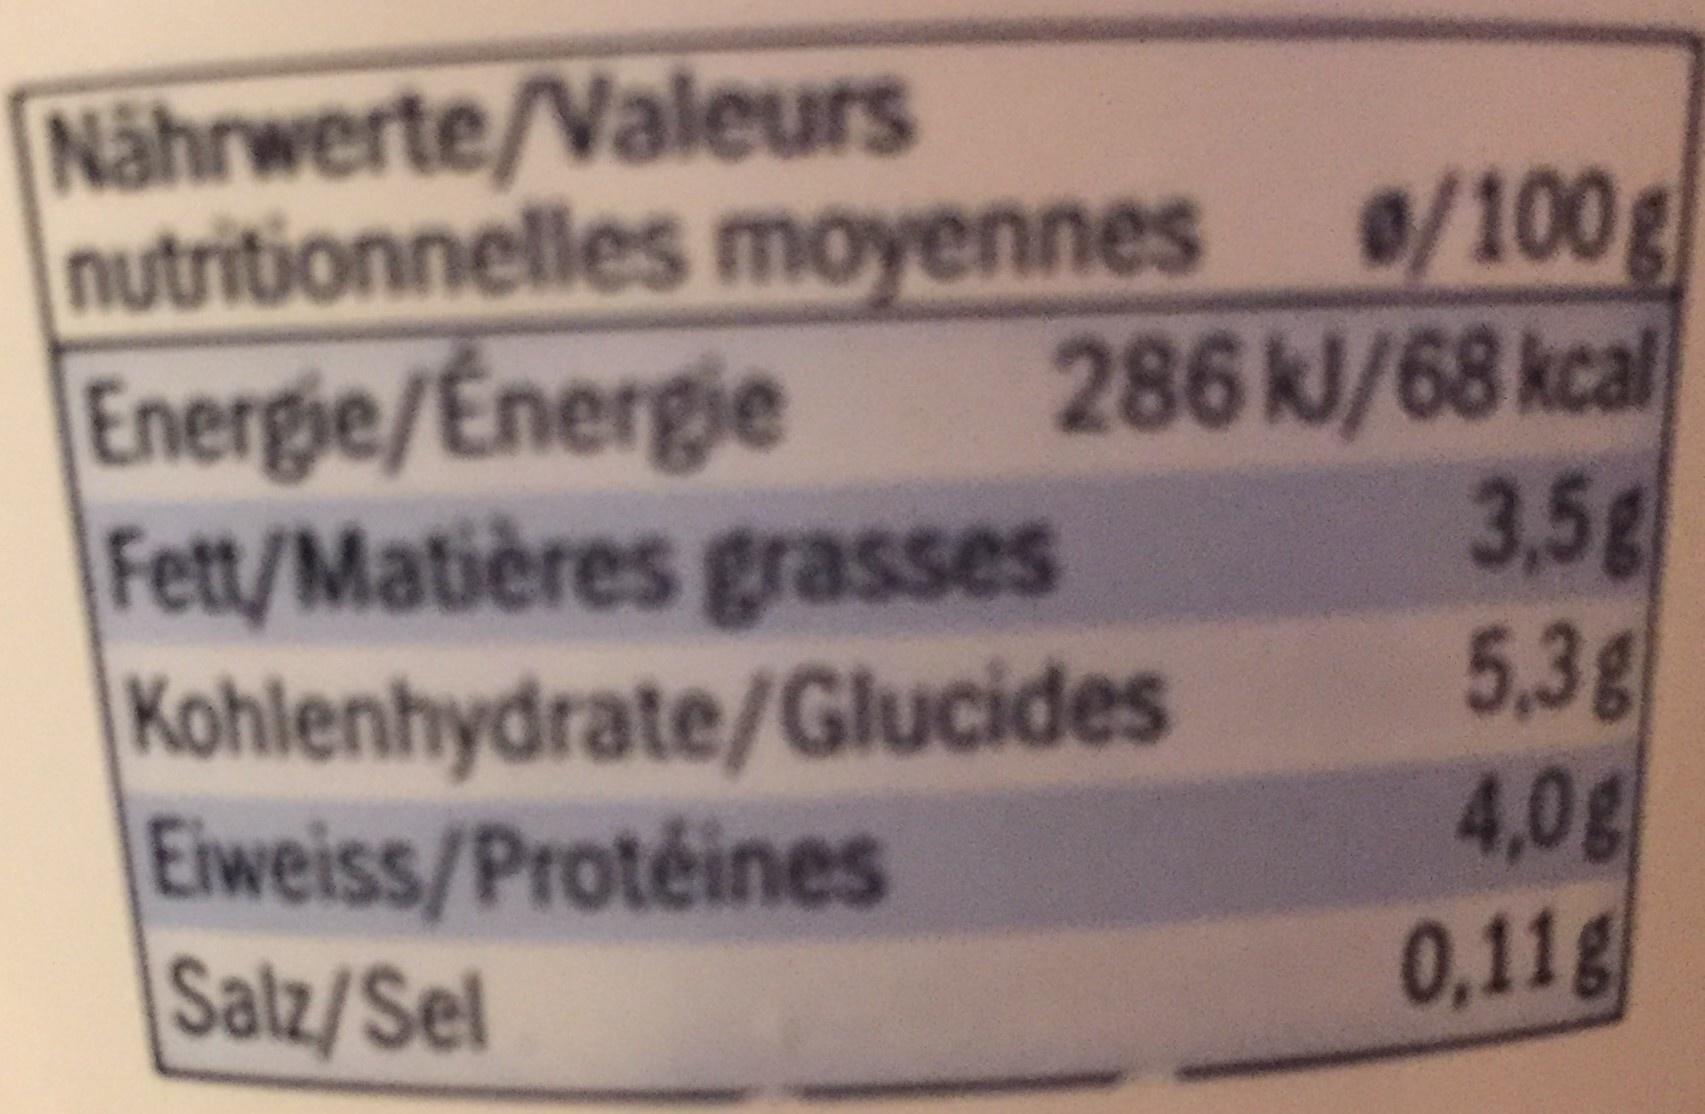
Nährwerte/Valeurs nutritionnelles moyennes /100g Energie/Energie Fett/Matières grasses Kohlenhydrate/Glucides Eiweiss/Protéines Salz/Sel
286kl/68 kcal 3,5g 5,3g 4,0g 0,11g